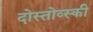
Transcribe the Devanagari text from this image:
दोस्तोव्स्की